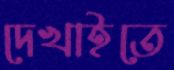
দেখাইতে